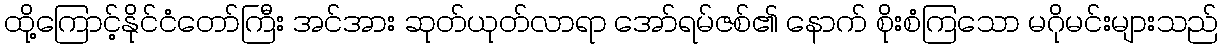
ထို့ကြောင့်နိုင်ငံတော်ကြီး အင်အား ဆုတ်ယုတ်လာရာ အော်ရမ်ဇစ်၏ နောက် စိုးစံကြသော မဂိုမင်းများသည်